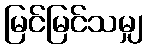
မြင်မြင်သမျှ